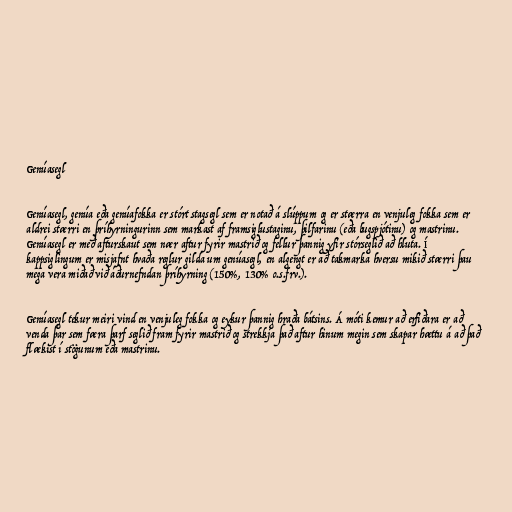
Genúasegl

Genúasegl, genúa eða genúafokka er stórt stagsegl sem er notað á slúppum og er stærra en venjuleg fokka sem er
aldrei stærri en þríhyrningurinn sem markast af framsiglustaginu, þilfarinu (eða bugspjótinu) og mastrinu.
Genúasegl er með afturskaut sem nær aftur fyrir mastrið og fellur þannig yfir stórseglið að hluta. Í
kappsiglingum er misjafnt hvaða reglur gilda um genúasegl, en algengt er að takmarka hversu mikið stærri þau
mega vera miðað við áðurnefndan þríhyrning (150%, 130% o.s.frv.).

Genúasegl tekur meiri vind en venjuleg fokka og eykur þannig hraða bátsins. Á móti kemur að erfiðara er að
venda þar sem færa þarf seglið fram fyrir mastrið og strekkja það aftur hinum megin sem skapar hættu á að það
flækist í stögunum eða mastrinu.